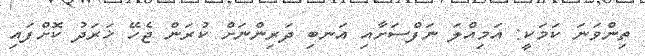
ތިންވަނަ ކަމަކީ: އަމިއްލަ ނަފްސަށާއި އަނބި ދަރިންނަށް ކުރަން ޖެހޭ ޚަރަދު ކޮށްފައި